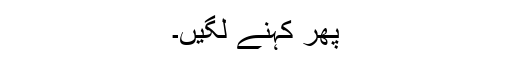
پھر کہنے لگیں۔